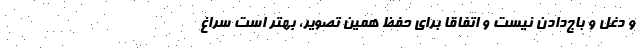
و دغل و باج‌دادن نیست و اتفاقا برای حفظ همین تصویر، بهتر است سراغ